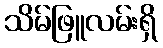
သိမ်ဖြူလမ်းရှိ